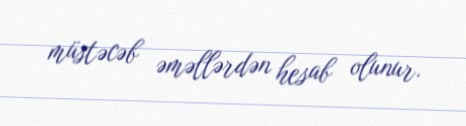
müstəcəb əməllərdən hesab olunur.